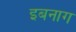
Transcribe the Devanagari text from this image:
इबनाग